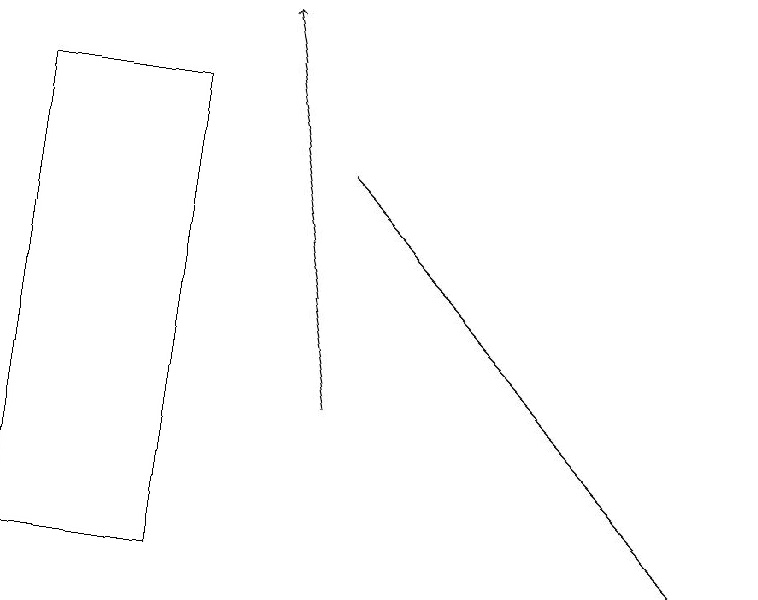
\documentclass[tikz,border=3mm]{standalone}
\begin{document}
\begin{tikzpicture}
\draw[->] (4,16) -- (9,11);
\draw[->] (4,13) -- (3,18);
\draw (0,11) rectangle (2,17);
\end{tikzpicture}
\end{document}